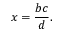
x = { \frac { b c } { d } } .